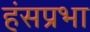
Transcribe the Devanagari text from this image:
हंसप्रभा